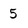
Character: 5